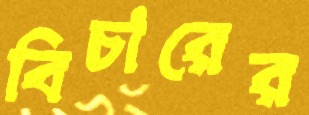
বিচারের